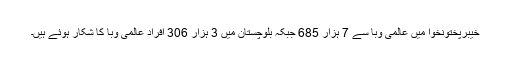
خیبرپختونخوا میں عالمی وبا سے 7 ہزار 685 جبکہ بلوچستان میں 3 ہزار 306 افراد عالمی وبا کا شکار ہوئے ہیں۔